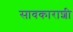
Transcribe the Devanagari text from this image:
सावकाराशी